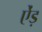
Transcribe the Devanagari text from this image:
ऐंड़